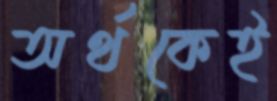
অর্থকেই